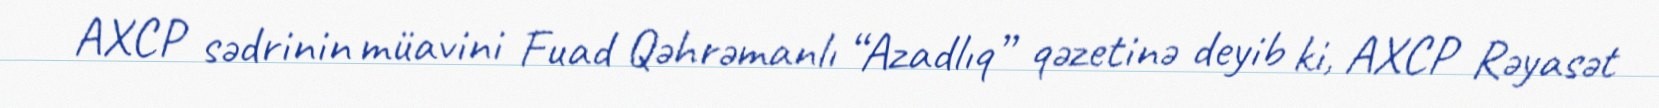
AXCP sədrinin müavini Fuad Qəhrəmanlı “Azadlıq” qəzetinə deyib ki, AXCP Rəyasət